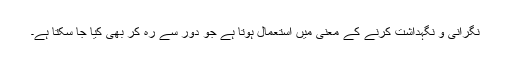
نگرانی و نگہداشت کرنے کے معنی میں استعمال ہوتا ہے جو دور سے رہ کر بھی کیا جا سکتا ہے۔